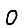
Digit: 0